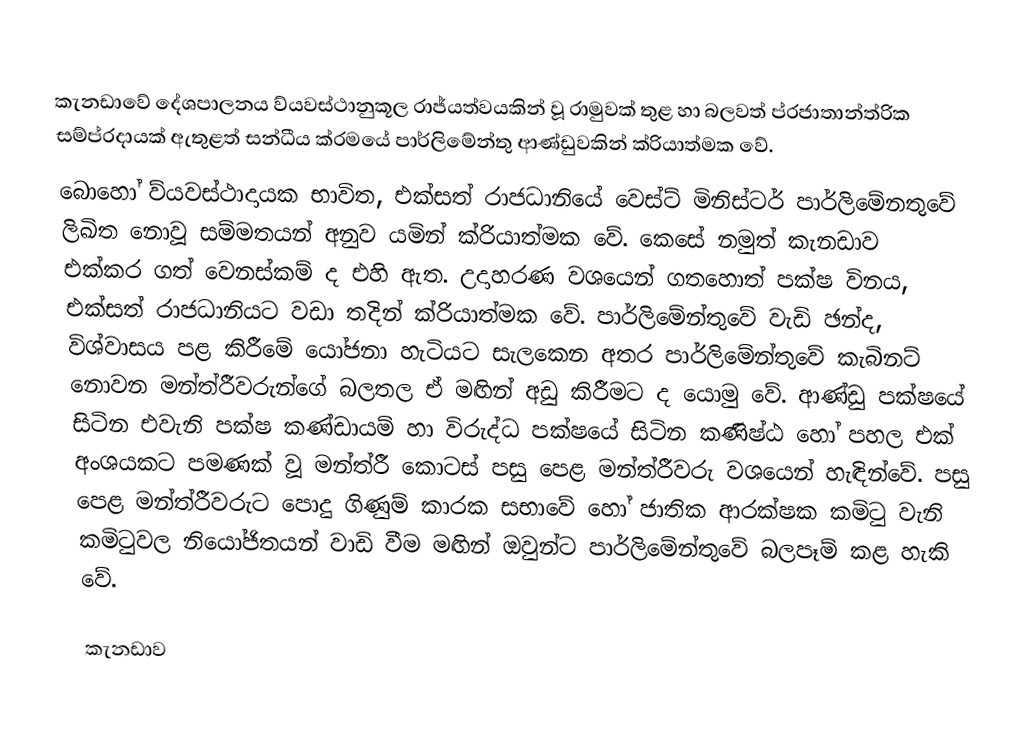
කැනඩාවේ දේශපාලනය ව්යවස්ථානුකූල රාජ්යත්වයකින් වූ රාමුවක් තුළ හා බලවත් ප්රජාතාන්ත්රික සම්ප්රදායක් ඇතුළත් සන්ධීය ක්රමයේ පාර්ලිමේන්තු ආණ්ඩුවකින් ක්රියාත්මක වේ.
බොහෝ ව්යවස්ථාදායක භාවිත, එක්සත් රාජධානියේ වෙස්ට් මිනිස්ටර් පාර්ලිමේනතුවේ ලිඛිත නොවූ සම්මතයන් අනුව යමින් ක්රියාත්මක වේ. කෙසේ නමුත් කැනඩාව එක්කර ගත් වෙනස්කම් ද එහි ඇත. උදාහරණ වශයෙන් ගතහොත් පක්ෂ විනය, එක්සත් රාජධානියට වඩා තදින් ක්රියාත්මක වේ. පාර්ලිමේන්තුවේ වැඩි ඡන්ද, විශ්වාසය පළ කිරීමේ යෝජනා හැටියට සැලකෙන අතර පාර්ලිමේන්තුවේ කැබිනට් නොවන මන්ත්රීවරුන්ගේ බලතල ඒ මඟින් අඩු කිරීමට ද යොමු වේ. ආණ්ඩු පක්ෂයේ සිටින එවැනි පක්ෂ කණ්ඩායම් හා විරුද්ධ පක්ෂයේ සිටින කණිෂ්ඨ හෝ පහල එක් අංශයකට පමණක් වූ මන්ත්රී කොටස් පසු පෙළ මන්ත්රීවරු වශයෙන් හැඳින්වේ. පසු පෙළ මන්ත්රීවරුට පොදු ගිණුම් කාරක සභාවේ හෝ ජාතික ආරක්ෂක කමිටු වැනි කමිටුවල නියෝජිතයන් වාඩි වීම මඟින් ඔවුන්ට පාර්ලිමේන්තුවේ බලපෑම් කළ හැකි වේ.

කැනඩාව